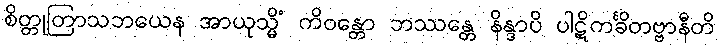
စိတ္တုတြာသဘယေန အာယုသ္မိံ ကိဝန္တော ဘဿန္တေ နိန္ဒာပိ ပါဋိကင်္ခိတဗ္ဗာနီတိ